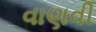
વાણવી